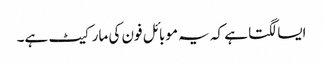
ایسا لگتا ہے کہ یہ موبائل فون کی مارکیٹ ہے۔